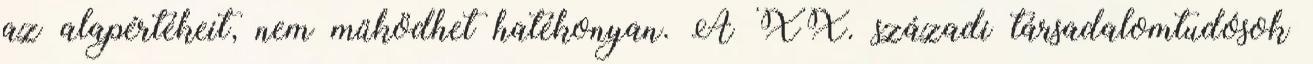
az alapértékeit, nem működhet hatékonyan. A XX. századi társadalomtudósok